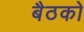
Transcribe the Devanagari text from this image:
बैठको